Report of the Indian Hemp Drugs Commission, 1894-1895 - Volume VII
Year: 1894
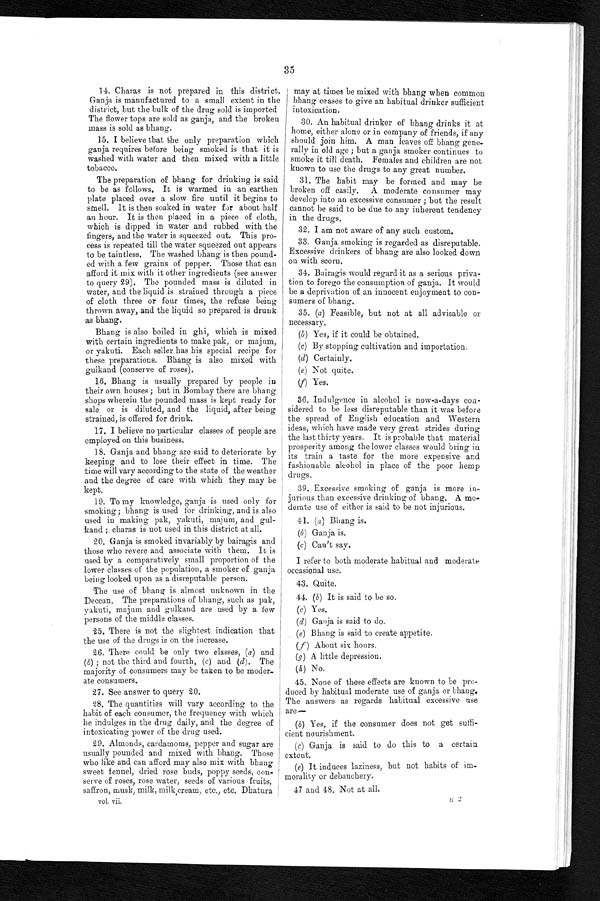
35
14. Charas is not prepared in this district.
Ganja is manufactured to a small extent in the
district, but the bulk of the drug sold is imported
The flower tops are sold as ganja, and the broken
mass is sold as bhang.
15. I believe that the only preparation which
ganja requires before being smoked is that it is
washed with water and then mixed with a little
tobacco.
The preparation of bhang for drinking is said
to be as follows. It is warmed in an earthen
plate placed over a slow fire until it begins to
smell. It is then soaked in water for about half
an hour. It is then placed in a piece of cloth,
which is dipped in water and rubbed with the
fingers, and the water is squeezed out. This pro--
cess is repeated till the water squeezed out appears
to be taintless. The washed bhang is then pound--
ed with a few grains of pepper. Those that can
afford it mix with it other ingredients (see answer
to query 29). The pounded mass is diluted in
water, and the liquid is strained through a piece
of cloth three or four times, the refuse being
thrown away, and the liquid so prepared is drunk
as bhang.
Bhang is also boiled in ghi, which is mixed
with certain ingredients to make pak, or majum,
or yakuti. Each seller has his special recipe for
these preparations. Bhang is also mixed with
gulkand (conserve of roses).
16. Bhang is usually prepared by people in
their own houses ; but in Bombay there are bhang
shops wherein the pounded mass is kept ready for
sale or is diluted, and the liquid, after being
strained, is offered for drink.
17. I believe no particular classes of people are
employed on this business.
18. Ganja and bhang are said to deteriorate by
keeping and to lose their effect in time. The
time will vary according to the state of the weather
and the degree of care with which they may be
kept.
19. To my knowledge, ganja is used only for
smoking ; bhang is used for drinking, and is also
used in making pak, yakuti, majum, and gul--
kand ; charas is not used in this district at all.
20. Ganja is smoked invariably by bairagis and
those who revere and associate with them. It is
used by a comparatively small proportion of the
lower classes of the population, a smoker of ganja
being looked upon as a disreputable person.
The use of bhang is almost unknown in the
Deccan. The preparations of bhang, such as pak,
yakuti, majum and gulkand are used by a few
persons of the middle classes.
25. There is not the slightest indication that
the use of the drugs is on the increase.
26. There could be only two classes, (a) and
(b) ; not the third and fourth, (c) and ( d). The
majority of consumers may be taken to be moder-
- a t e c o n s u m e r s .
27. See answer to query 20.
28. The quantities will vary according to the
habit of each consumer, the frequency with which
he indulges in the drug daily, and the degree of
intoxicating power of the drug used.
29. Almonds, cardamoms, pepper and sugar are
usually pounded and mixed with bhang. Those
who like and can afford may also mix with bhang
sweet fennel, dried rose buds, poppy seeds, con-
serve of roses, rose water, seeds of various fruits,
saffron, musk, milk, milk cream, etc., etc. Dhatura
vol. vii.
may at times be mixed with bhang when common
bhang ceases to give an habitual drinker sufficient
intoxication.
30. An habitual drinker of bhang drinks it at
home, either alone or in company of friends, if any
should join him. A man leaves off bhang gene-
rally in old age ; but a ganja smoker continues to
smoke it till death. Females and children are not
known to use the drugs to any great number.
31. The habit may be formed and may be
broken off easily. A moderate consumer may
develop into an excessive consumer ; but the result
cannot be said to be due to any inherent tendency
in the drugs.
32. I am not aware of any such custom.
33. Ganja smoking is regarded as disreputable.
Excessive drinkers of bhang are also looked down
on with scorn.
34. Bairagis would regard it as a serious priva--
- t i o n t o f o r e g o t h e c o n s u m p t i o n o f g a n j a . I t w o u l d
be a deprivation of an innocent enjoyment to con-
- s u m e r s o f b h a n g .
35. (a) Feasible, but not at all advisable or
necessary.
(b) Yes, if it could be obtained.
(c) By stopping cultivation and importation.
(d) Certainly.
(e) Not quite.
(f) Yes.
36. Indulgence in alcohol is now-a-days con
- s i d e r e d t o b e l e s s d i s r e p u t a b l e t h a n i t w a s b e f o r e
the spread of English education and Western
ideas, which have made very great strides during
the last thirty years. It is probable that material
prosperity among the lower classes would bring in
its train a taste for the more expensive and
fashionable alcohol in place of the poor hemp
drugs.
39. Excessive smoking of ganja is more in
-jurious than excessive drinking of bhang. A mo-
-derate use of either is said to be not injurious.
41. (a) Bhang is.
(b) Ganja is.
(c) Can't say.
I refer to both moderate habitual and moderate
occasional use.
43. Quite.
44. (b) It is said to be so.
(c) Yes.
(d) Ganja is said to do.
(e) Bhang is said to create appetite.
(f) About six hours.
(g) A little depression.
(h) No.
45. None of these effects are known to be pro--
duced by habitual moderate use of ganja or bhang.
The answers as regards habitual excessive use
are —
(b) Yes, if the consumer does not get suffi
-cient nourishment.
(c) Ganja is said to do this to a certain
extent,
(e)It induces laziness, but not habits of im
-morality or debauchery.
47 and 48. Not at all.